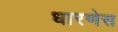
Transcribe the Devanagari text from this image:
धारणेस